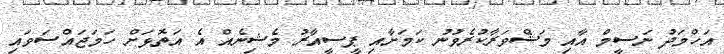
އަހްމަދު ނަސީމް އާއި މަޝްވަރާކުރެވުނު ކަމަށާއި ޕީސީއާރު މެޝިނެއް އެ އަތޮޅަށް ހަމަޖައްސަވައި